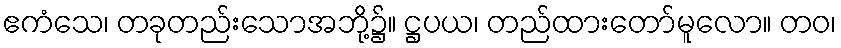
ဧကံသေ၊ တခုတည်းသောအဘို့၌။ ဋ္ဌပယ၊ တည်ထားတော်မူလော။ တဝ၊